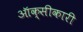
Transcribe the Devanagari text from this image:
ऑक्सीकारी